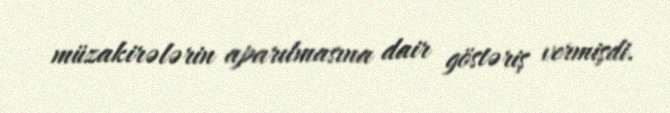
müzakirələrin aparılmasına dair göstəriş vermişdi.